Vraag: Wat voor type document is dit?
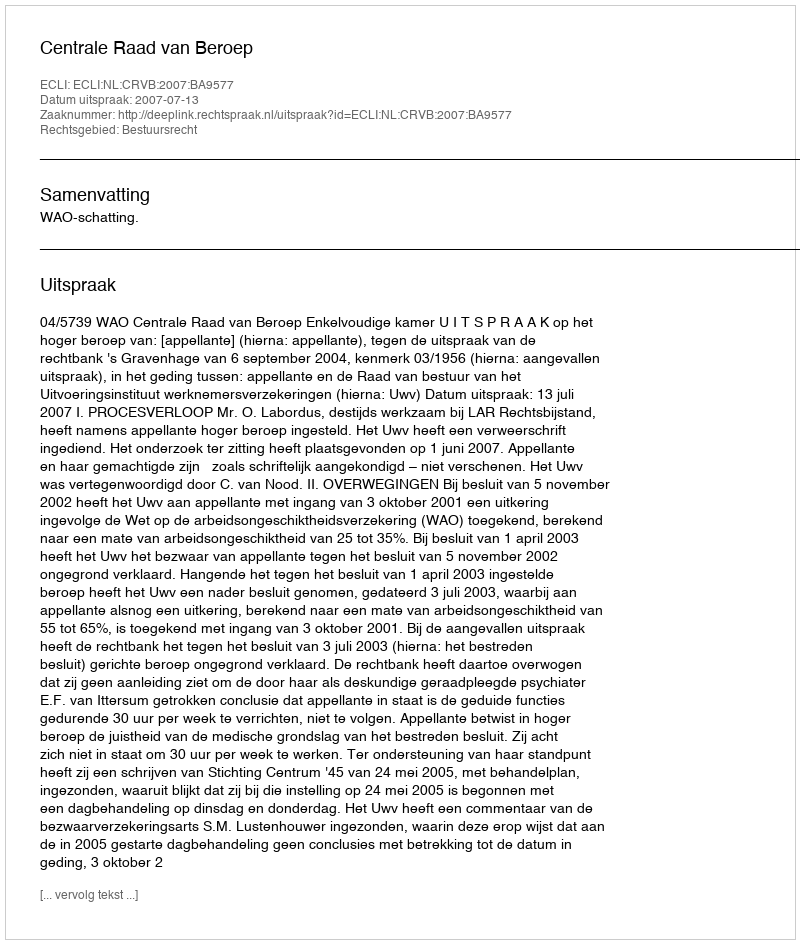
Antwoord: Uitspraak